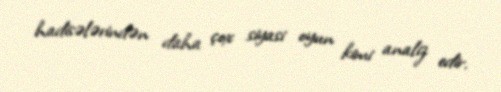
hadisələrindən daha çox siyasi oyun kimi analiz edir.